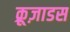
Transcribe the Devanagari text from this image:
क्रूज़ाडस